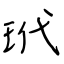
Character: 玳